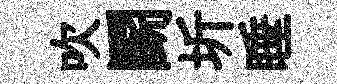
吹鬬圻睡